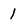
Character: 1